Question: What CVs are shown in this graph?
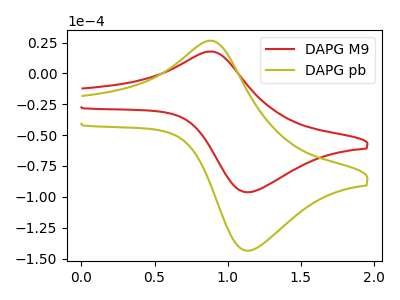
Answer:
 <answer>The red curve is labeled "DAPG M9". The olive curve is labeled "DAPG pb".</answer>
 <eval></eval>